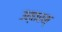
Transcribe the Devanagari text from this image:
उत्तरम्